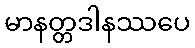
မာနတ္တဒါနဿပေ